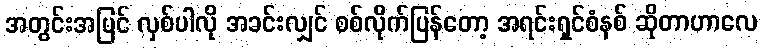
အတွင်းအပြင် လှစ်ပါလို အခင်းလျှင် စစ်လိုက်ပြန်တော့ အရင်းရှင်စံနစ် ဆိုတာဟာလေ